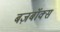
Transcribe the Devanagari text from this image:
बज़बॉक्स